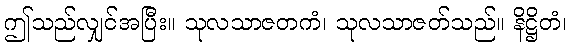
ဤသည်လျှင်အပြီး။ သုလသာဇတကံ၊ သုလသာဇတ်သည်။ နိဋ္ဌိတံ၊